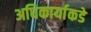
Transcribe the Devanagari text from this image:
अधिकार्याकडे